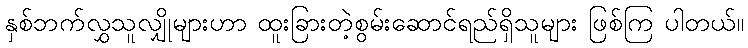
နှစ်ဘက်လွှသူလျှိုများဟာ ထူးခြားတဲ့စွမ်းဆောင်ရည်ရှိသူများ ဖြစ်ကြ ပါတယ်။